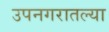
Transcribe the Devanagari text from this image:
उपनगरातल्या